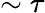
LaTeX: \sim\tau